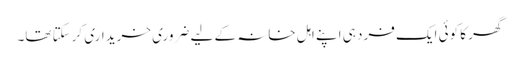
گھر کا کوئی ایک فرد ہی اپنے اہل خانہ کے لیے ضروری خریداری کرسکتا تھا۔